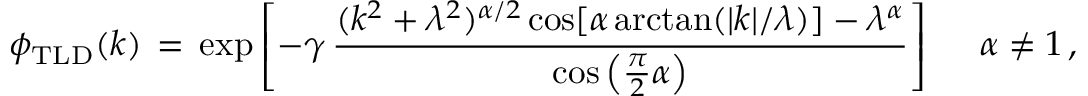
\phi _ { \mathrm { T L D } } ( k ) \, = \, \exp \left[ - \gamma \, \frac { ( k ^ { 2 } + \lambda ^ { 2 } ) ^ { \alpha / 2 } \cos [ \alpha \arctan ( | k | / \lambda ) ] - \lambda ^ { \alpha } } { \cos \left( \frac { \pi } { 2 } \alpha \right) } \right] \quad \, \, \alpha \neq 1 \, ,